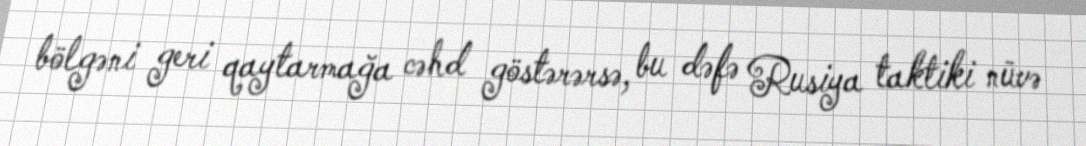
bölgəni geri qaytarmağa cəhd göstərərsə, bu dəfə Rusiya taktiki nüvə